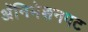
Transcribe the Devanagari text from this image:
अॅनिमेशनपट